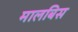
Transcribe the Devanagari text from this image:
मालबिस